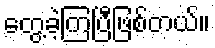
တွေ့ခဲ့ကြပြီဖြစ်တယ်။